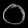
Digit: ၀